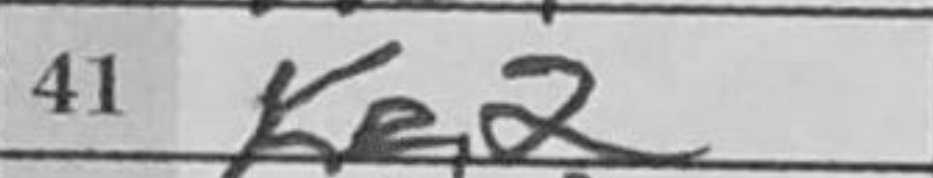
Transcription: Ke2